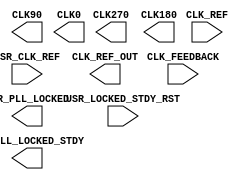
module CC_PLL #(
	parameter REF_CLK = "", // e.g. "10.0"
	parameter OUT_CLK = "", // e.g. "50.0"
	parameter PERF_MD = "", // LOWPOWER, ECONOMY, SPEED
	parameter LOW_JITTER = 1,
	parameter CI_FILTER_CONST = 2,
	parameter CP_FILTER_CONST = 4
)(
	input  CLK_REF, CLK_FEEDBACK, USR_CLK_REF,
	input  USR_LOCKED_STDY_RST,
	output USR_PLL_LOCKED_STDY, USR_PLL_LOCKED,
	output CLK270, CLK180, CLK90, CLK0, CLK_REF_OUT
);
endmodule